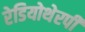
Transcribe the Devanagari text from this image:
रेडियोथेरपी